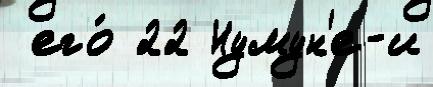
 его́ 22 Нумун'е-и